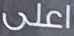
اعلى